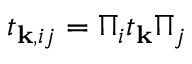
\begin{array} { r } { t _ { \mathbf { k } , i j } = \Pi _ { i } t _ { \mathbf { k } } \Pi _ { j } } \end{array}